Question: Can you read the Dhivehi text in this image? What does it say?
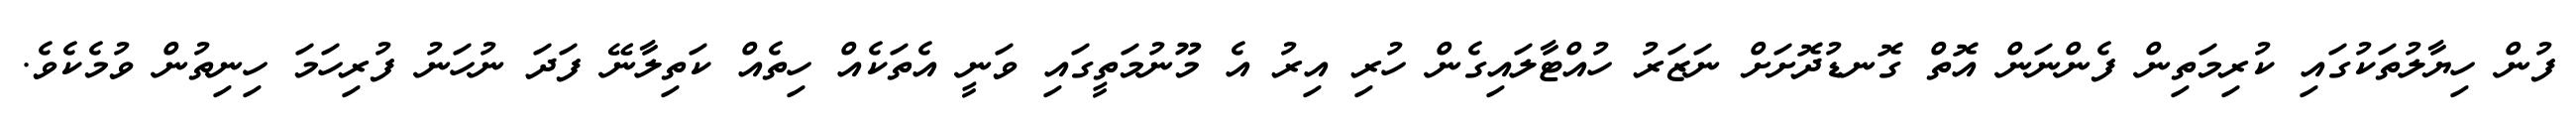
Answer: ފުން ހިޔާލުތަކުގައި ކުރިމަތިން ފެންނަން އޮތް ގޮނޑުދޮށަށް ނަޒަރު ހުއްޓާލައިގެން ހުރި އިރު އެ މޫނުމަތީގައި ވަނީ އެތަކެއް ހިތެއް ކަތިލާނޭ ފަދަ ނުހަނު ފުރިހަމަ ހިނިތުން ވުމެކެވެ.